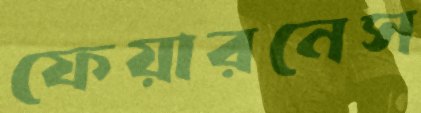
ফেয়ারনেস